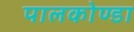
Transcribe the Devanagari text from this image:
पालकोण्डा